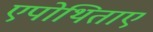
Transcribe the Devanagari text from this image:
एपोथिताए